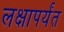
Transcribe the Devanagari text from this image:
लक्षापर्यंत